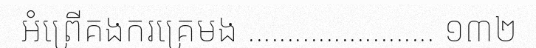
អំព្រើគងករគ្រេមង ........................ ១៣២